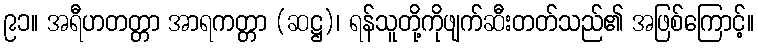
၉၁။ အရီဟတတ္တာ အာရကတ္တာ (ဆဋ္ဌ)၊ ရန်သူတို့ကိုဖျက်ဆီးတတ်သည်၏ အဖြစ်ကြောင့်။